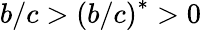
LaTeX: b/c>\left(b/c\right)^{\ast}>0